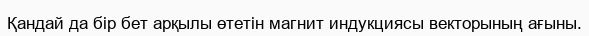
Қандай да бір бет арқылы өтетін магнит индукциясы векторының ағыны.